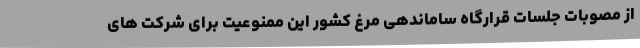
از مصوبات جلسات قرارگاه ساماندهی مرغ کشور این ممنوعیت برای شرکت های